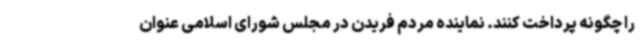
را چگونه پرداخت کنند. نماینده مردم فریدن در مجلس شورای اسلامی عنوان